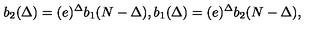
b _ { 2 } ( \Delta ) = ( e ) ^ { \Delta } b _ { 1 } ( N - \Delta ) , b _ { 1 } ( \Delta ) = ( e ) ^ { \Delta } b _ { 2 } ( N - \Delta ) , \,